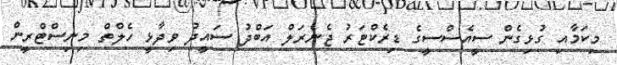
މިކަމާއި ގުޅިގެން ސީއެސްސީގެ ޑިރެކްޓަރު ޖެނެރަލް އަބްދު ސައީދު ވިދާޅީ ހެލްތް މިނިސްޓްރީން